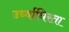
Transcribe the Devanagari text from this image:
उर्ध्वाधिरता